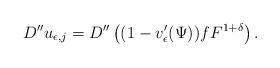
LaTeX: \begin{align*}D'' u_{\epsilon,j}=D''\left((1-v'_{\epsilon}(\Psi))fF^{1+\delta}\right).\end{align*}